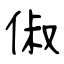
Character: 俶